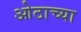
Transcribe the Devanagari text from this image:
ओठाच्या